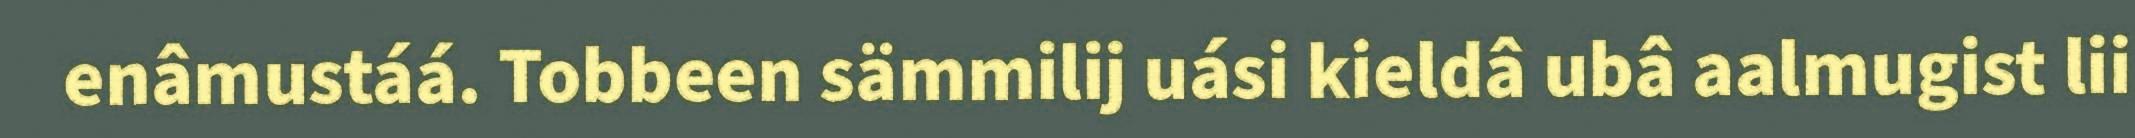
enâmustáá. Tobbeen sämmilij uási kieldâ ubâ aalmugist lii